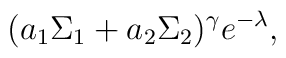
(a_1 \Sigma_1+a_2 \Sigma_2)^{\gamma}e^{ - \lambda},